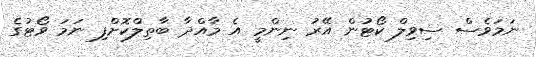
ނަމަވެސް ސިވިލް ކޯޓުން އޭރު ނިންމީ އެ މާއްދާ ބާތިލްކޮށްފި ނަމަ ވޯޓުގެ